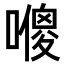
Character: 𠿬